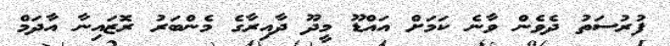
ފުރުސަތު ދެވެން ވާނެ ކަމަށް އައްޑޫ މީދޫ ދާއިރާގެ މެންބަރު ރޮޒައިނާ އާދަމް